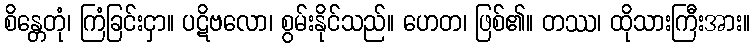
စိန္တေတုံ၊ ကြံခြင်းငှာ။ ပဋိဗလော၊ စွမ်းနိုင်သည်။ ဟေတ၊ ဖြစ်၏။ တဿ၊ ထိုသားကြီးအား။